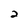
Character: 2